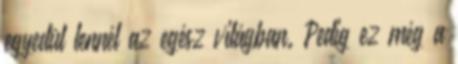
egyedül lennél az egész világban. Pedig ez még a